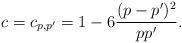
LaTeX: \begin{align*}c = c_{p, p'} = 1 - 6 \frac{(p-p')^2}{pp'}.\end{align*}